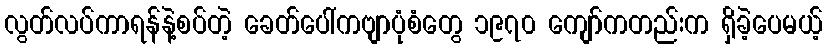
လွတ်လပ်ကာရန်နဲ့စပ်တဲ့ ခေတ်ပေါ်ကဗျာပုံစံတွေ ၁၉၇၀ ကျော်ကတည်းက ရှိခဲ့ပေမယ့်